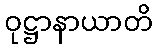
ဝုဋ္ဌာနာယာတိ